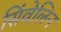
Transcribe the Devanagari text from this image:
सिंवेलिन